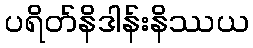
ပရိတ်နိဒါန်းနိဿယ